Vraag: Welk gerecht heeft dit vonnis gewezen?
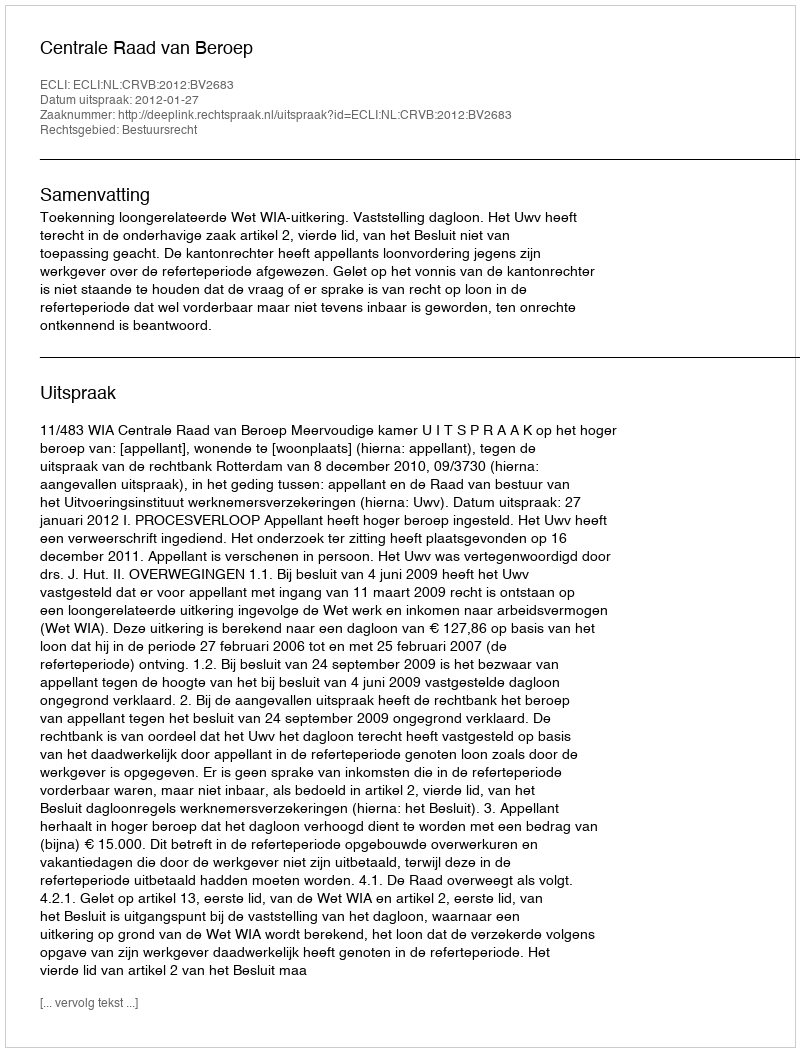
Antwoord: Centrale Raad van Beroep